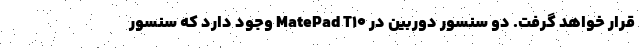
قرار خواهد گرفت. دو سنسور دوربین در MatePad T10 وجود دارد که سنسور